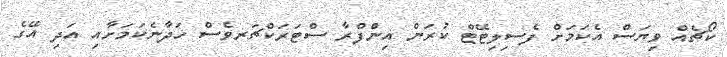
ކޯޗެއް ވިޔަސް އެކަމަށް ފެސިލިޓޭޓް ކުރަން އިންފްރާ ސްޓަރަކްޗަރވެސް ހަދާނެކަމަށާއި އަދި އޭގެ